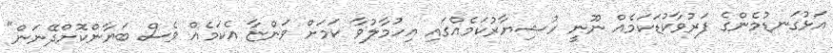
އަޅުގަނޑުމެންގެ ފަރުވާކުޑަކަމެއް ނޫނީ ހުޝިޔާރުކަމެއްގައި އިހުމާލުވާ ކަމަށް ވަންޏާ އެކަމެއް ވެސް ބަޔާންކޮށްދޭނަން"